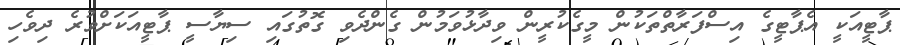
ޕާޓީއަކީ އެޕާޓީގެ އިސްފަރާތްތަކުން މީގެކުރީން ވިދާޅުވަމުން ގެންދެވި ގޮތުގައި ސިޔާސީ ޕާޓީއަކަށްވުރެ ދިވެހި